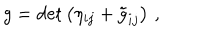
g = \mathrm { d e t } \left( \eta _ { i j } + { \tilde { g } } _ { i j } \right) \, ,